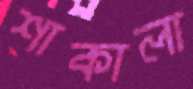
শাকালা